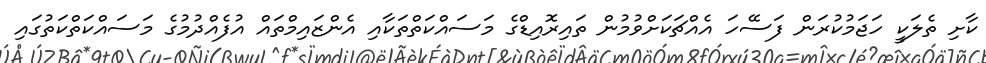
ކާށި ތެލަކީ ހަޖަމުކުރަން ފަސޭހަ އެއްޗަކަށްވުމުން ތައިރޮއިޑްގެ މަސައްކަތްތަކާއި އެންޒައިމްތައް އުފެއްދުމުގެ މަސައްކަތްކަތުގައި